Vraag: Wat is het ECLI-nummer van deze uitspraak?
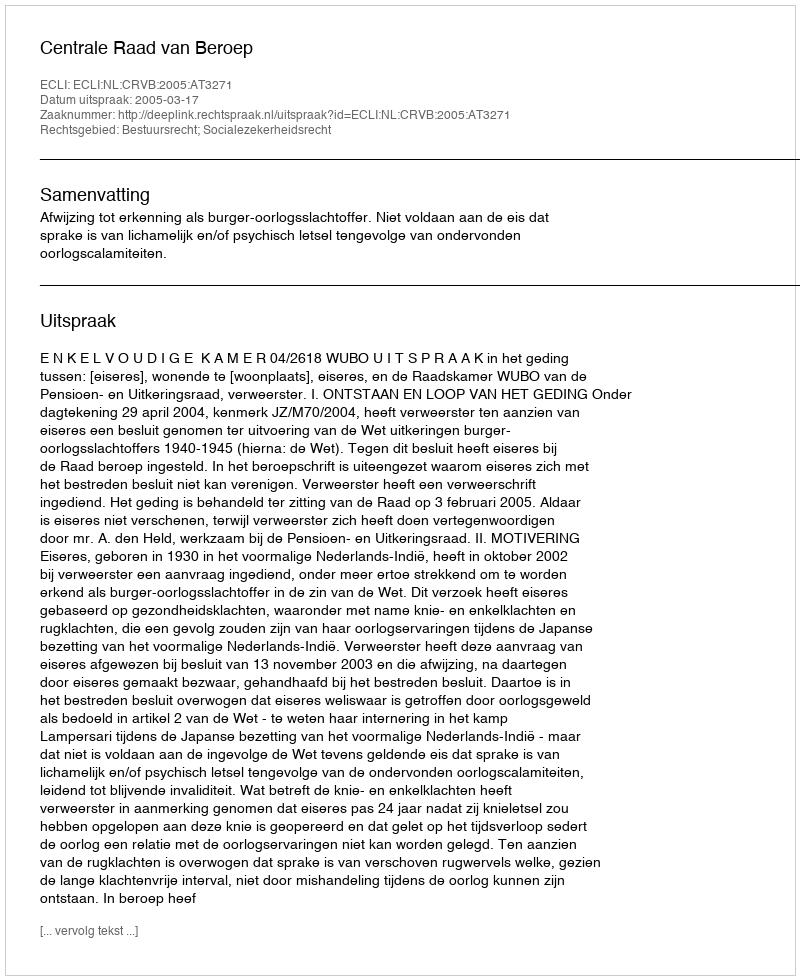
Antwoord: ECLI:NL:CRVB:2005:AT3271